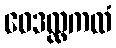
ဝေဒလ္လကထံ